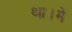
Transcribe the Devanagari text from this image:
था।मे